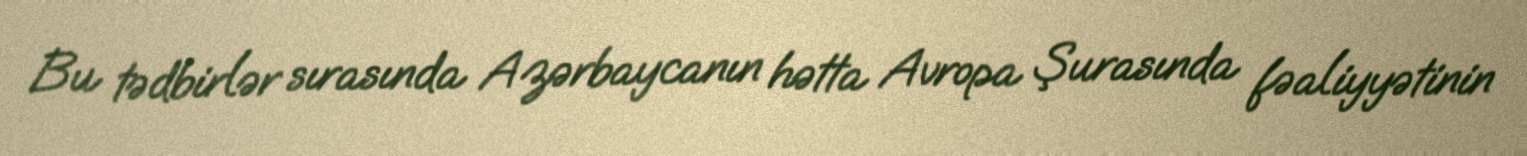
Bu tədbirlər sırasında Azərbaycanın hətta Avropa Şurasında fəaliyyətinin